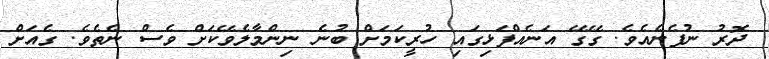
ދޮރު ނުފެނެއެވެ. ގޭގޭ އަނެއްފަޅިގައި ހުރީކަމަށް ބުނެ ނިންމާލެވޭކަށް ވެސް ނެތެވެ. ގެއަށް